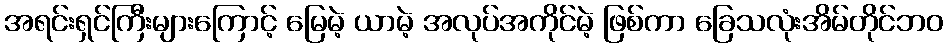
အရင်းရှင်ကြီးများကြောင့် မြေမဲ့ ယာမဲ့ အလုပ်အကိုင်မဲ့ ဖြစ်ကာ ခြေသလုံးအိမ်တိုင်ဘဝ